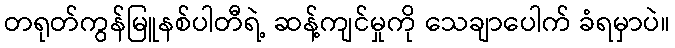
တရုတ်ကွန်မြူနစ်ပါတီရဲ့ ဆန့်ကျင်မှုကို သေချာပေါက် ခံရမှာပဲ။